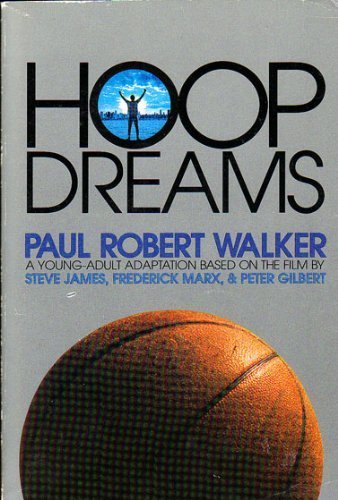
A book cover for Hoop Dreams; Paul Robert Walker; Teen & Young Adult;